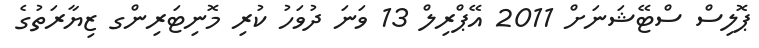
ޕޮލިސް ސްޓޭޝަނަށް 2011 އޭޕްރިލް 13 ވަނަ ދުވަހު ކުރި މޮނިޓަރިންގ ޒިޔާރަތުގެ